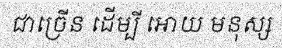
ជាច្រើន ដើម្បី អោយ មនុស្ស